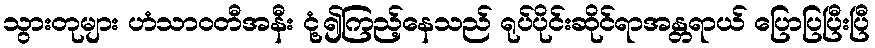
သွားတုများ ဟံသာဝတီအနီး ငုံ့၍ကြည့်နေသည် ရုပ်ပိုင်းဆိုင်ရာအန္တရာယ် ပြောပြပြီးပြီ